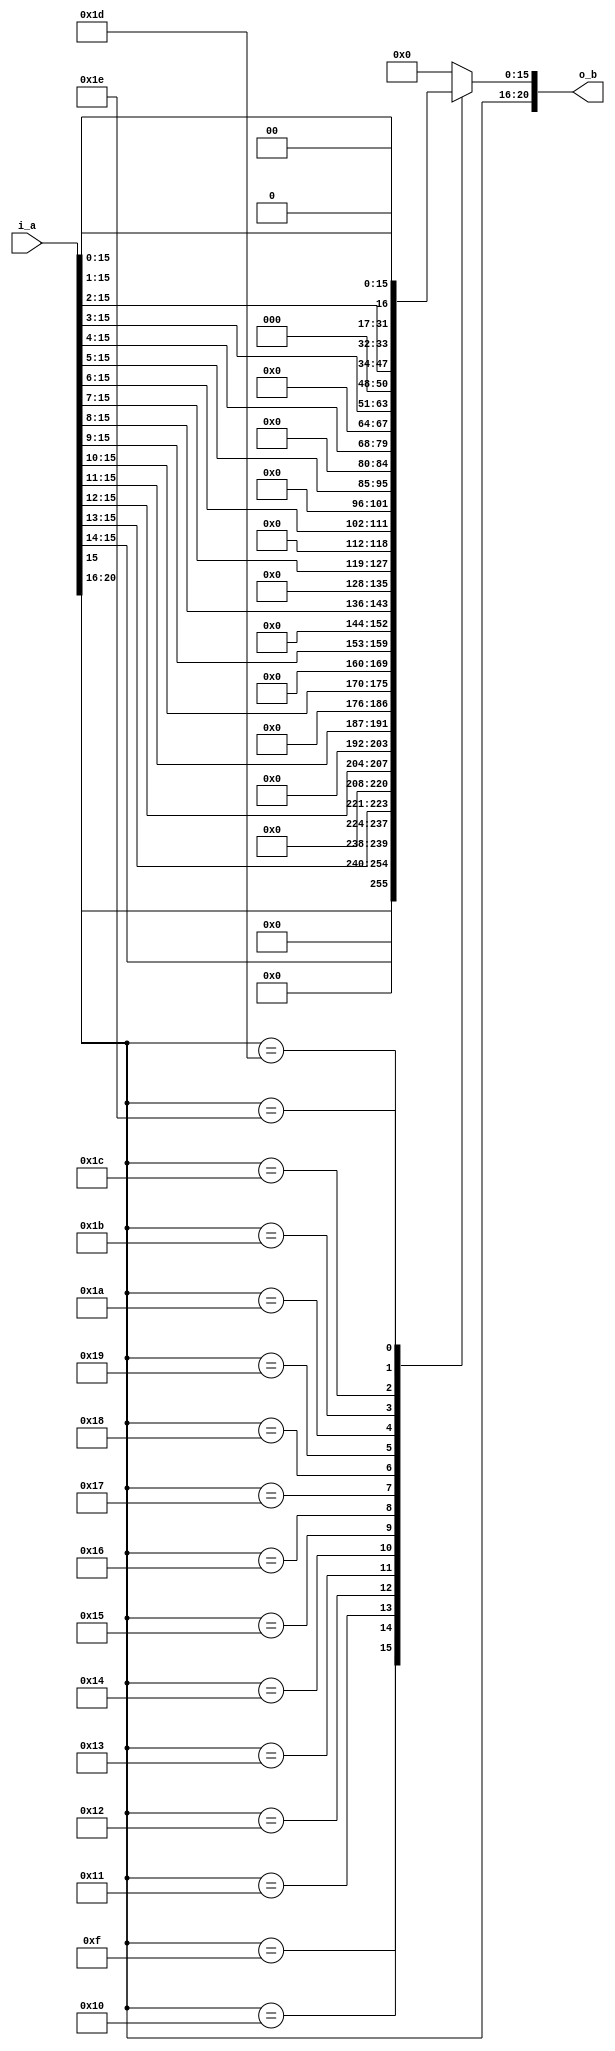
module fp_floor (
    i_a,
    o_b
);

///////////////////////////////////////////
//  port definition
///////////////////////////////////////////
    input  [20:0] i_a;          // input e5, f1.15
    output [20:0] o_b;          
///////////////////////////////////////////
//  wire definition
///////////////////////////////////////////
    // intermidiate wire
    wire [4:0]  w_exp;
    wire [15:0] w_fraction;
    wire [15:0] w_fraction_out;

///////////////////////////////////////////
//  assign statement
///////////////////////////////////////////
    assign w_exp  = i_a[20:16];
    assign w_fraction = i_a[15:0];

    assign o_b = {w_exp, w_fraction_out};
    assign w_fraction_out = f_floor(w_exp, w_fraction);
///////////////////////////////////////////
//  function statement
///////////////////////////////////////////
    function [15:0] f_floor;
        input [4:0]  exp;
        input [15:0] frac;
        begin
            case (exp[4:0])
                5'hf:  f_floor = {frac[15],15'h0};
                5'h10: f_floor = {frac[15:14],14'h0};
                5'h11: f_floor = {frac[15:13],13'h0};
                5'h12: f_floor = {frac[15:12],12'h0};
                5'h13: f_floor = {frac[15:11],11'h0};
                5'h14: f_floor = {frac[15:10],10'h0};
                5'h15: f_floor = {frac[15:9],9'h0};
                5'h16: f_floor = {frac[15:8],8'h0};
                5'h17: f_floor = {frac[15:7],7'h0};
                5'h18: f_floor = {frac[15:6],6'h0};
                5'h19: f_floor = {frac[15:5],5'h0};
                5'h1a: f_floor = {frac[15:4],4'h0};
                5'h1b: f_floor = {frac[15:3],3'h0};
                5'h1c: f_floor = {frac[15:2],2'h0};
                5'h1d: f_floor = {frac[15:1],1'h0};
                5'h1e: f_floor = frac[15:0];
                default: f_floor = 16'h0;
            endcase
        end
    endfunction

endmodule